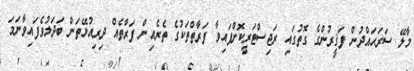
މާލޭ ސަރަޙައްދުން ފަޤީރުންގެ ގޮތުގައި ރަޖިސްޓަރީކޮށްފައިވާ ފަރާތްތަކުގެ ތެރެއިން ފަރާތެއް ދިރިއުޅޭތަން ބަދަލުވެފައިވާނަމަ